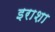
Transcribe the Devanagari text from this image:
इराशा